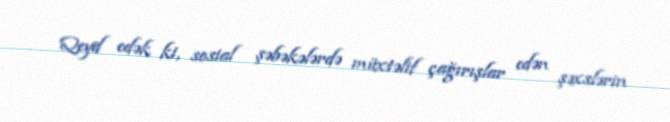
Qeyd edək ki, sosial şəbəkələrdə müxtəlif çağırışlar edən şəxslərin